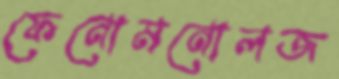
ফেনোমনোলজ